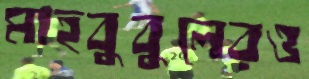
মাহবুবুলেরও